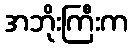
အဘိုးကြီးက